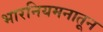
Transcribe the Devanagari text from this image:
भारनियमनातून